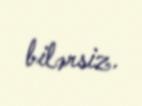
bilərsiz.